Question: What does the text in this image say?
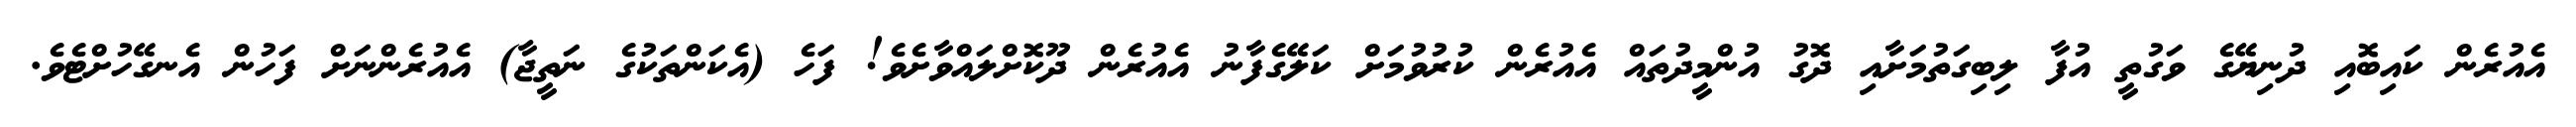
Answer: އެއުރެން ކައިބޮއި ދުނިޔޭގެ ވަގުތީ އުފާ ލިބިގަތުމަށާއި ދޮގު އުންމީދުތައް އެއުރެން ކުރުވުމަށް ކަލޭގެފާނު އެއުރެން ދޫކޮށްލައްވާށެވެ! ފަހެ (އެކަންތަކުގެ ނަތީޖާ) އެއުރެންނަށް ފަހުން އެނގޭހުށްޓެވެ.